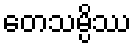
တေသမ္ပိဿ